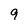
Character: 9